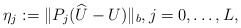
\begin{align*} \eta_j := \|P_j(\widehat U-U)\|_b,j=0,\ldots,L,\end{align*}